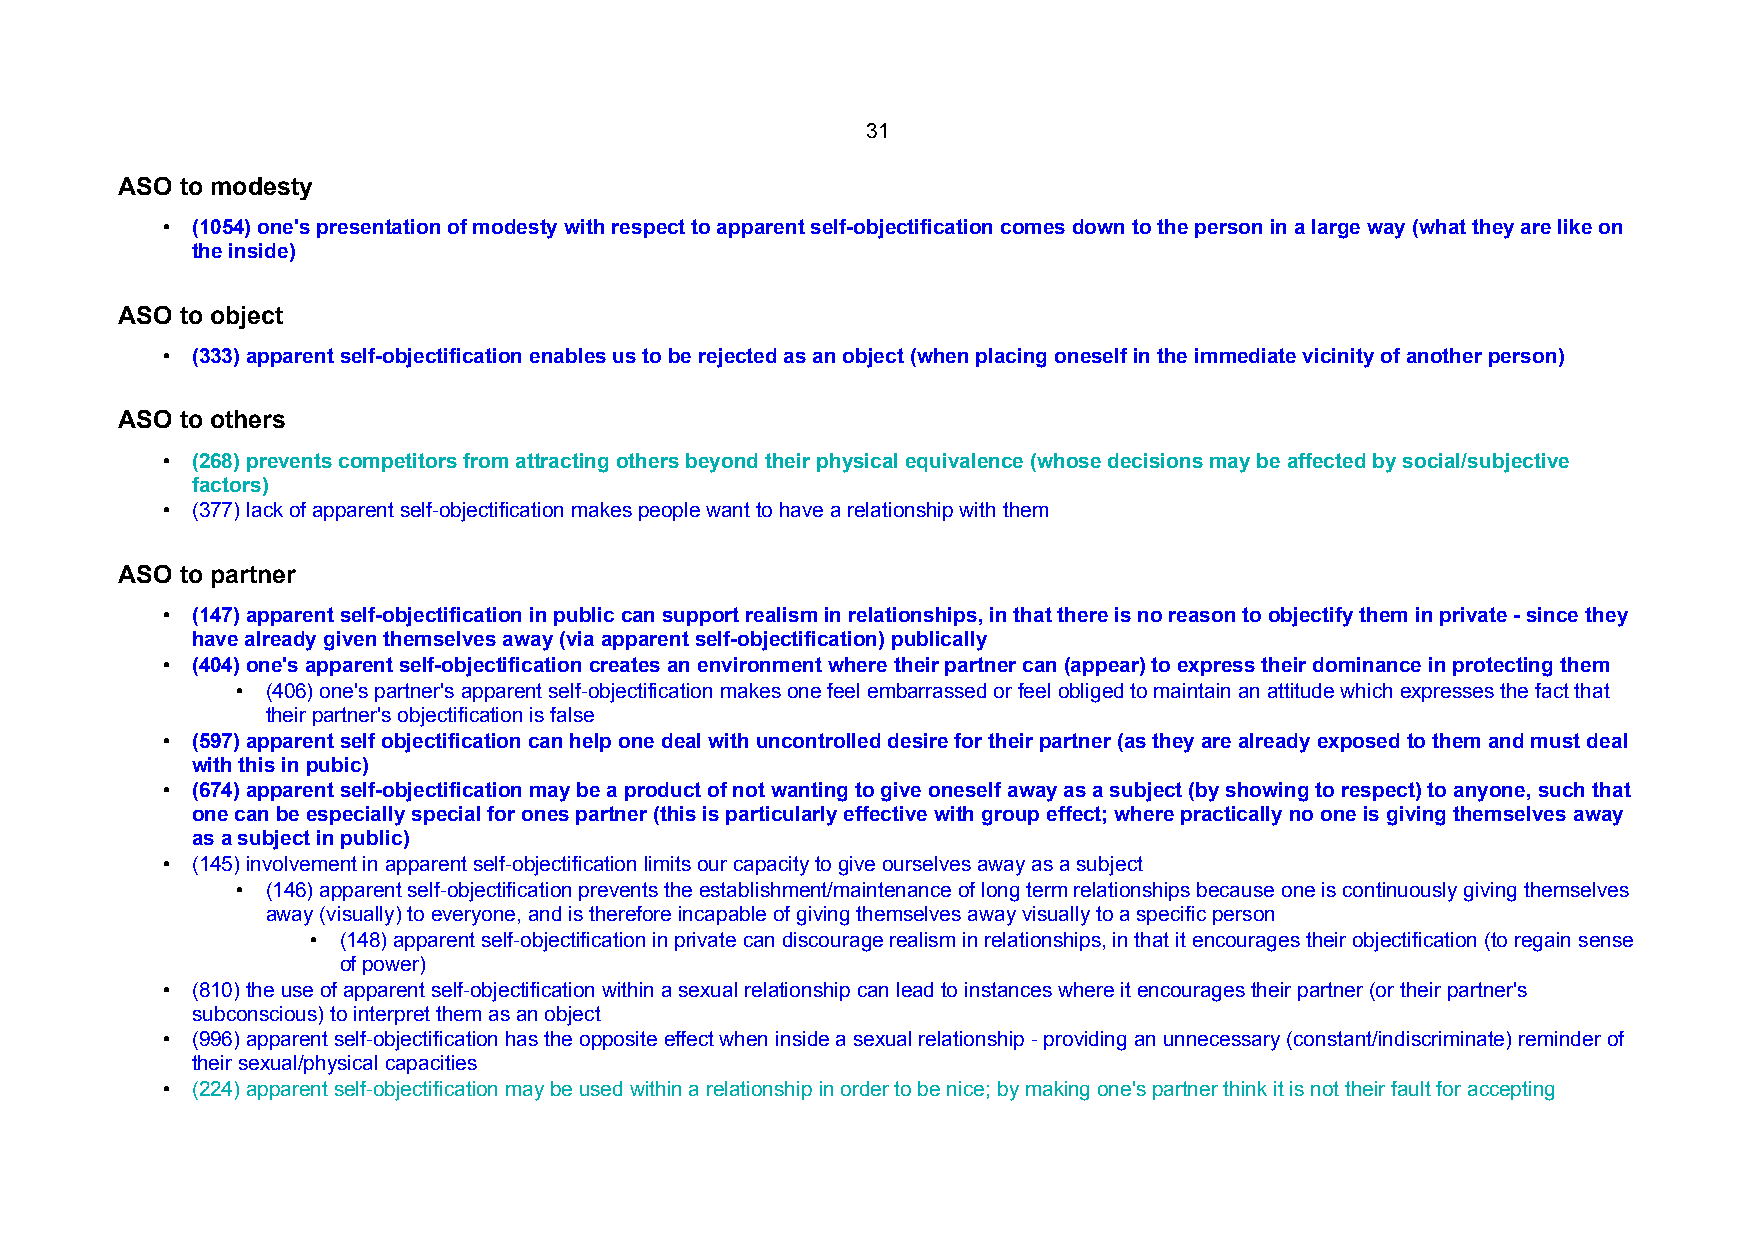
31
 ASO to modesty
 • (1054) one's presentation of modesty with respect to apparent self-objectification comes down to the person in a large way (what they are like on
 the inside)
 ASO to object
 • (333) apparent self-objectification enables us to be rejected as an object (when placing oneself in the immediate vicinity of another person)
 ASO to others
 • (268) prevents competitors from attracting others beyond their physical equivalence (whose decisions may be affected by social/subjective
 factors)
 • (377) lack of apparent self-objectification makes people want to have a relationship with them
 ASO to partner
 • (147) apparent self-objectification in public can support realism in relationships, in that there is no reason to objectify them in private - since they
 have already given themselves away (via apparent self-objectification) publically
 • (404) one's apparent self-objectification creates an environment where their partner can (appear) to express their dominance in protecting them
 • (406) one's partner's apparent self-objectification makes one feel embarrassed or feel obliged to maintain an attitude which expresses the fact that
 their partner's objectification is false
 • (597) apparent self objectification can help one deal with uncontrolled desire for their partner (as they are already exposed to them and must deal
 with this in pubic)
 • (674) apparent self-objectification may be a product of not wanting to give oneself away as a subject (by showing to respect) to anyone, such that
 one can be especially special for ones partner (this is particularly effective with group effect; where practically no one is giving themselves away
 as a subject in public)
 • (145) involvement in apparent self-objectification limits our capacity to give ourselves away as a subject
 • (146) apparent self-objectification prevents the establishment/maintenance of long term relationships because one is continuously giving themselves
 away (visually) to everyone, and is therefore incapable of giving themselves away visually to a specific person
 • (148) apparent self-objectification in private can discourage realism in relationships, in that it encourages their objectification (to regain sense
 of power)
 • (810) the use of apparent self-objectification within a sexual relationship can lead to instances where it encourages their partner (or their partner's
 subconscious) to interpret them as an object
 • (996) apparent self-objectification has the opposite effect when inside a sexual relationship - providing an unnecessary (constant/indiscriminate) reminder of
 their sexual/physical capacities
 • (224) apparent self-objectification may be used within a relationship in order to be nice; by making one's partner think it is not their fault for accepting